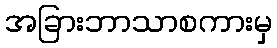
အခြားဘာသာစကားမှ